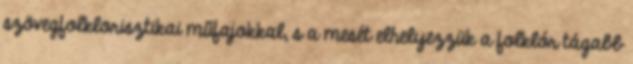
szövegfolklorisztikai műfajokkal, s a mesét elhelyezzük a folklór tágabb